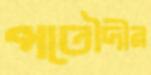
পতৌদীর